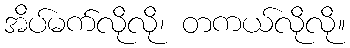
အိပ်မက်လိုလို၊ တကယ်လိုလို။